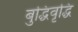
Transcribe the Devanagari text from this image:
बुद्धिवृद्धि